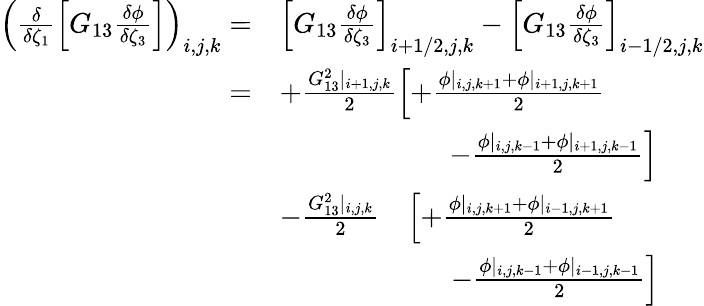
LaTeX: \begin{array}{rl}{\left(\frac{\delta}{\delta\zeta_{1}}\left[G_{13}\frac{\delta\phi}{\delta\zeta_{3}}\right]\right)_{i,j,k}=}&{\left[G_{13}\frac{\delta\phi}{\delta\zeta_{3}}\right]_{i+1/2,j,k}-\left[G_{13}\frac{\delta\phi}{\delta\zeta_{3}}\right]_{i-1/2,j,k}}\\ {=}&{+\frac{G_{13}^{2}|_{i+1,j,k}}{2}\left[+\frac{\phi|_{i,j,k+1}+\phi|_{i+1,j,k+1}}{2}\right.}\\ &{\qquad\qquad\qquad\left.-\frac{\phi|_{i,j,k-1}+\phi|_{i+1,j,k-1}}{2}\right]}\\ &{-\frac{G_{13}^{2}|_{i,j,k}}{2}\quad\left[+\frac{\phi|_{i,j,k+1}+\phi|_{i-1,j,k+1}}{2}\right.}\\ &{\quad\qquad\qquad\: \: \: \: \, \left.-\frac{\phi|_{i,j,k-1}+\phi|_{i-1,j,k-1}}{2}\right]}\end{array}